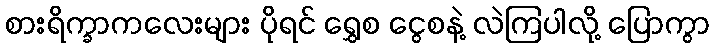
စားရိက္ခာကလေးများ ပိုရင် ရွှေစ ငွေစနဲ့ လဲကြပါလို့ ပြောကွာ